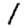
Digit: 1